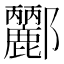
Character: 𨟫